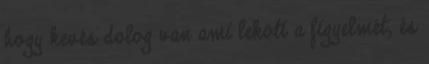
hogy kevés dolog van ami leköti a figyelmét, és